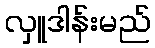
လှူဒါန်းမည်